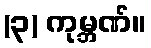
(၃) ကုမ္ဘဏ်။